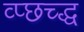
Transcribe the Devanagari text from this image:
व्प्छच्द्ध